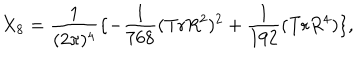
LaTeX: X _ { 8 } = \frac { 1 } { ( 2 \pi ) ^ { 4 } } \lbrace - \frac { 1 } { 7 6 8 } ( \mathrm { { T r } } R ^ { 2 } ) ^ { 2 } + \frac { 1 } { 1 9 2 } ( \mathrm { T r } R ^ { 4 } ) \rbrace ,